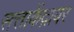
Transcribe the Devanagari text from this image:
सत्ताकेंद्रावर